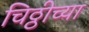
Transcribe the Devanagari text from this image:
चिठ्ठीच्या